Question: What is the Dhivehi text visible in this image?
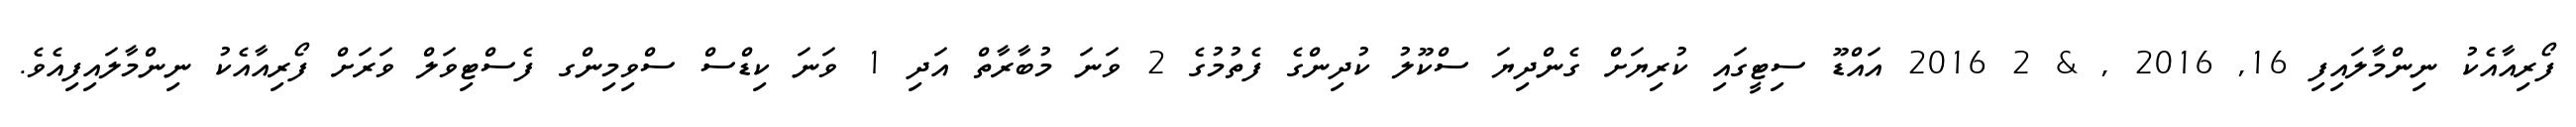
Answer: ފޯރިއާއެކު ނިންމާލައިފި 16, 2016 , & 2 2016 އައްޑޫ ސިޓީގައި ކުރިޔަށް ގެންދިޔަ ސްކޫލު ކުދިންގެ ފެތުމުގެ 2 ވަނަ މުބާރާތް އަދި 1 ވަނަ ކިޑްސް ސްވިމިންގ ފެސްޓިވަލް ވަރަށް ފޯރިއާއެކު ނިންމާލައިފިއެވެ.